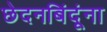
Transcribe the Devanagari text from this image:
छेदनबिंदूंना